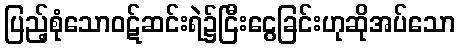
ပြည့်စုံသောဝဋ်ဆင်းရဲ၌ငြီးငွေခြင်းဟုဆိုအပ်သော